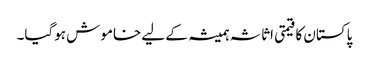
پاکستان کا قیمتی اثاثہ ہمیشہ کے لیے خاموش ہوگیا۔